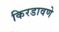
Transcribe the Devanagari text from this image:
किरडावणे